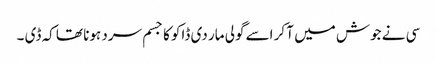
سی نے جوش میں آ کر اسے گولی مار دی ڈاکو کا جسم سرد ہونا تھا کہ ڈی ۔